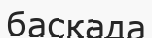
басқада